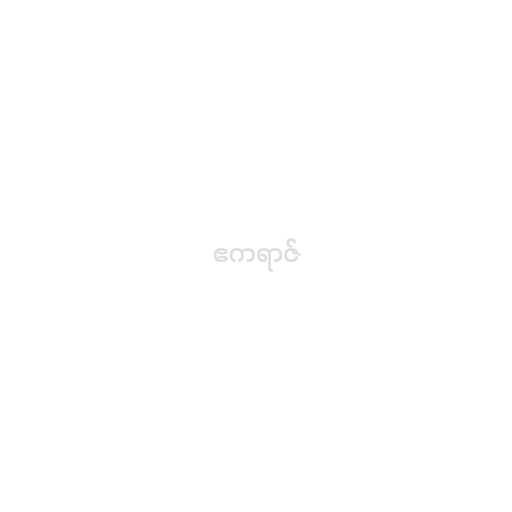
ဧကရာဇ်